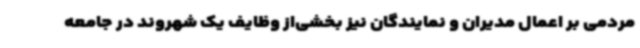
مردمی بر اعمال مدیران و نمایندگان نیز بخشی‌از وظایف یک شهروند در جامعه